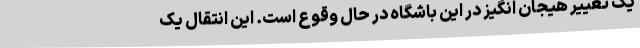
یک تغییر هیجان انگیز در این باشگاه در حال وقوع است. این انتقال یک